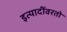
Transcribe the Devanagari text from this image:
इत्यादींवरतो